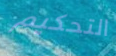
التحكيم